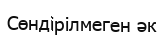
Сөндірілмеген әк